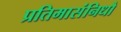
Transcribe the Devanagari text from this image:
प्रतिमासंनिधौ